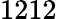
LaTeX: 1212